Vaccination in Bombay 1913-1923 - 1913-1923
Year: 1913
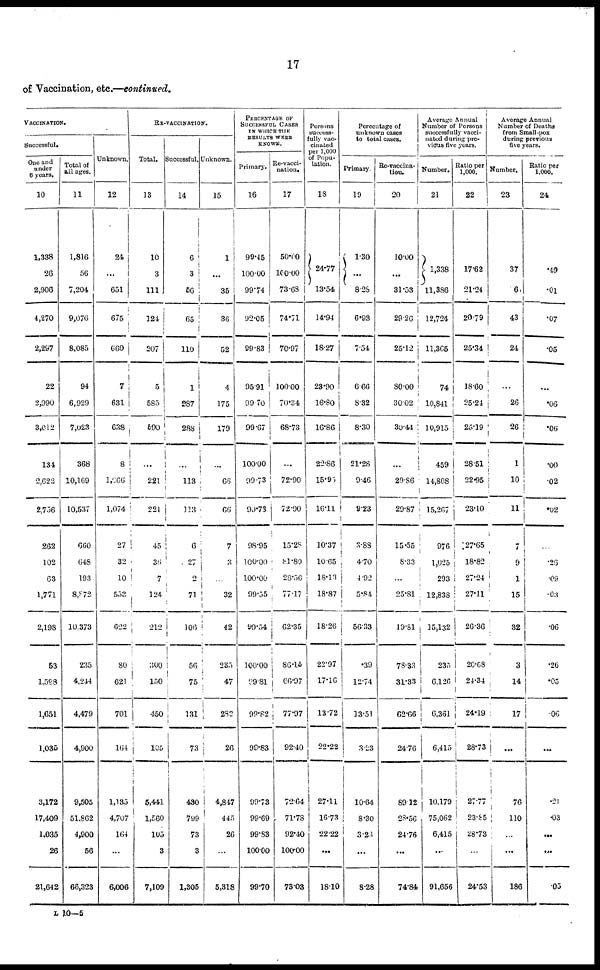
17
of Vaccination, etc.—continued.
VACCINATION.
Successful.
One and
under
6 years.
10
1,338
26
2,906
4,270
2,297
22
2,990
3,012
134
2,622
2,756
262
102
63
1,771
2,198
53
1,588
1,651
1,035
3,172
17,409
1,035
26
21,642
Total of
all ages.
11
1,816
56
7,204
9,076
8,085
94
6,929
7,023
368
10,169
10,537
660
648
193
8,872
10,373
235
4,244
4,479
4,900
9,505
51,862
4,900
56
68,323
Unknown.
12
24
...
651
675
660
7
631
638
8
l,666
1,074
27
32
10
553
622
80
621
701
164
1,135
4,707
164
...
6,006
RE-VACCINATION.
Total.
13
10
3
111
124
207
5
585
590
...
221
221
45
36
7
124
212
300
150
450
105
5,441
1,560
105
3
7,109
Successful.
14
6
3
56
65
110
1
287
288
...
113
113
6
27
2
71
106
56
75
131
73
430
799
73
3
1,305
Unknown.
15
1
...
35
36
52
4
175
179
...
66
66
7
3
...
32
42
235
47
282
26
4,847
445
26
...
5,318
PERCENATGE OF
SUCCESSFUL CASES
IN WHICH THE
RESULTS WERE
KNOWN.
Primary.
16
99.45
100.00
99.74
92.05
99.83
95.91
99.70
99.67
100.00
99.73
99.73
98.95
100.00
100.00
99.55
99.54
100.00
99.81
99.82
99.83
99.73
99.69
99.83
100.00
99.70
Re-vacci-
nation.
17
50.00
100.00
73.68
74.71
70.97
100.00
70.34
68.73
...
72.90
72.90
15.28
81.80
28.56
77.17
62.35
86.15
66.97
77.97
92.40
72.64
71.78
92.40
100.00
73.03
Persons
success-
fully vac-
cinated
per 1,000
of Popu-
lation.
18
24.77
13.54
14.94
18.27
23.90
16.80
16.86
22.86
15.95
16.11
10.37
10.65
18.13
18.87
18.26
22.97
17.16
13.72
22.22
27.11
16.73
22.22
...
18.10
Percentage of
unknown cases
to total cases.
Primary.
19
1.30
...
8.28
6.93
7.54
6.66
8.32
8.30
21.28
9.46
9.23
3.88
4.70
4.92
5.84
56.33
.39
12.74
13.51
3.23
10.64
8.30
3.23
...
8.28
Re-vaccina¬
tion.
20
10.00
...
31.53
29.26
25.12
80.00
30.02
30.44
...
29.86
29.87
15.55
8.33
...
25.81
19.81
78.33
31.33
62.66
24.76
89.12
28.56
24.76
...
74.84
Average Annual
Number of Persons
successfully vacci-
nated during pre-
vious five years.
Number.
21
1,338
11,386
12,724
11,365
74
10,841
10,915
459
14,808
15,267
976
1,025
293
12,838
15,132
235
6,126
6,361
6,415
10,179
75,062
6,415
...
91,656
Ratio per
1,000.
22
17.62
21.24
20.79
25.34
18.60
25.24
25.19
28.51
22.95
23.10
127.65
18.82
27.24
27.11
26.36
20.68
24.34
24.19
28.73
27.77
23.85
28.73
...
24.53
Average Annual
Number of Deaths
from Small-pox
during previous
five years.
Number.
23
37
6
43
24
...
26
26
1
10
11
7
9
1
15
32
3
14
17
...
76
110
...
...
186
Ratio per
1,000.
24
.49
.01
.07
.05
.06
.06
.00
.02
.02
...
.26
.09
.03
.06
.26
.05
.06
...
.21
.03
...
.49
.05
L 10—5